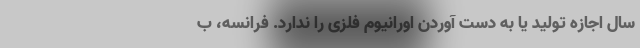
سال اجازه تولید یا به دست آوردن اورانیوم فلزی را ندارد. فرانسه، ب